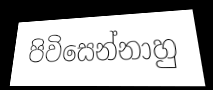
පිවිසෙන්නාහු